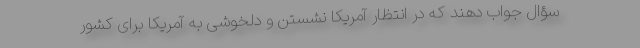
سؤال جواب دهند که در انتظار آمریکا نشستن و دلخوشی به آمریکا برای کشور